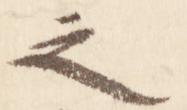
之